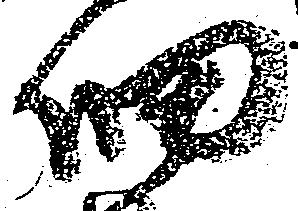
細